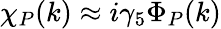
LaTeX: \chi_{P}(k)\approx i\gamma_{5}\Phi_{P}(k)